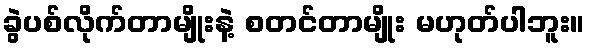
ခွဲပစ်လိုက်တာမျိုးနဲ့ စတင်တာမျိုး မဟုတ်ပါဘူး။